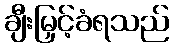
ချီးမြှင့်ခံရသည်